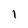
Character: 1